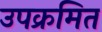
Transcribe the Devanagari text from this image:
उपक्रमित